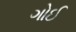
ગોઈ